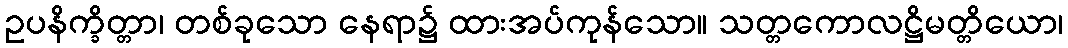
ဥပနိက္ခိတ္တာ၊ တစ်ခုသော နေရာ၌ ထားအပ်ကုန်သော။ သတ္တကောလဋ္ဌိမတ္တိယော၊